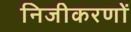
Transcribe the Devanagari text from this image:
निजीकरणों